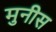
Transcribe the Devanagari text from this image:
मुनीस